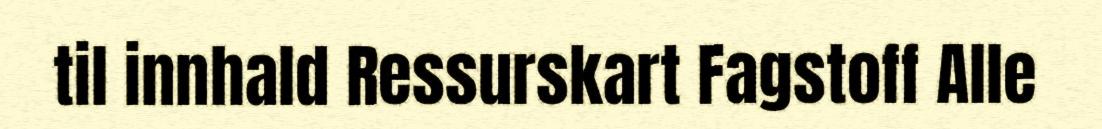
til innhald Ressurskart Fagstoff Alle